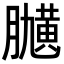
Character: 𦡽